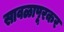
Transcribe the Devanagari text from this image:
सावळापूरकर